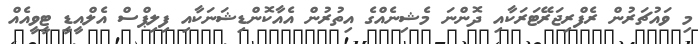
މި ވައުޗަރުން ރެފްރިޖަރޭޓަރަކާއި ދޮންނަ މެޝިނެއްގެ އިތުރުން އެއާކޮންޑިޝަނަކާއި ފިލިޕްސް އެލްއީޑީ ޓީވީއެއް